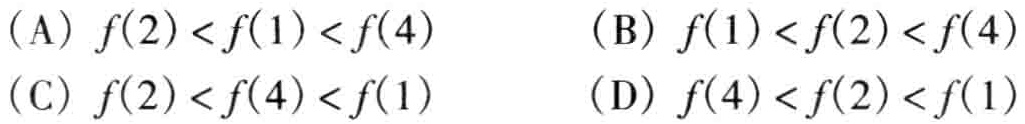
（A）\(f(2)<f(1)<f(4)\)  （B）\(f(1)<f(2)<f(4)\)

（C）\(f(2)<f(4)<f(1)\)  （D）\(f(4)<f(2)<f(1)\)